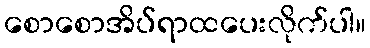
စောစောအိပ်ရာထပေးလိုက်ပါ။